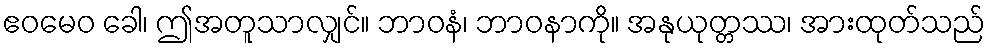
ဧဝမေဝ ခေါ၊ ဤအတူသာလျှင်။ ဘာဝနံ၊ ဘာဝနာကို။ အနုယုတ္တဿ၊ အားထုတ်သည်